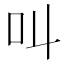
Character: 叫